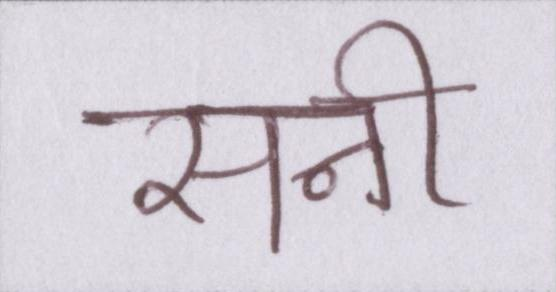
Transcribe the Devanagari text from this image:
सनी